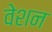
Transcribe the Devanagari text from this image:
वेशन